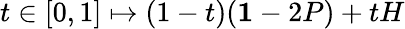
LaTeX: t\in[0,1]\mapsto(1-t)({\mathbf 1}-2P)+tH